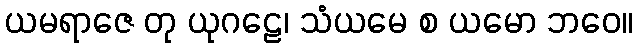
ယမရာဇေ တု ယုဂဠေ၊ သံယမေ စ ယမော ဘဝေ။